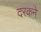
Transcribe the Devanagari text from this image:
दरकने